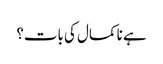
ہے نا کمال کی بات؟